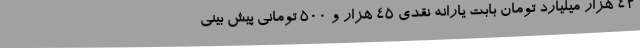
42 هزار میلیارد تومان بابت یارانه نقدی 45 هزار و 500 تومانی پیش بینی